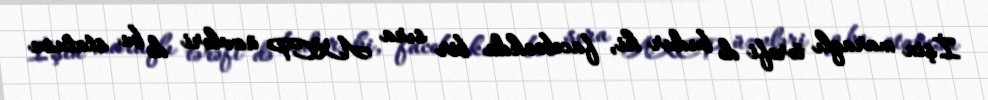
İşin maraqlı tərəfi də budur ki, facebookda bir sıra AXCP üzvləri də bu statusu